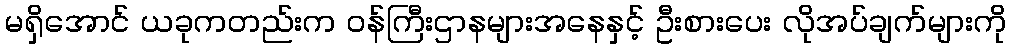
မရှိအောင် ယခုကတည်းက ဝန်ကြီးဌာနများအနေနှင့် ဦးစားပေး လိုအပ်ချက်များကို